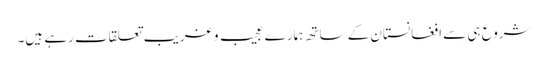
شروع ہی سے افغانستان کے ساتھ ہمارے عجیب و غریب تعلقات رہے ہیںِ۔